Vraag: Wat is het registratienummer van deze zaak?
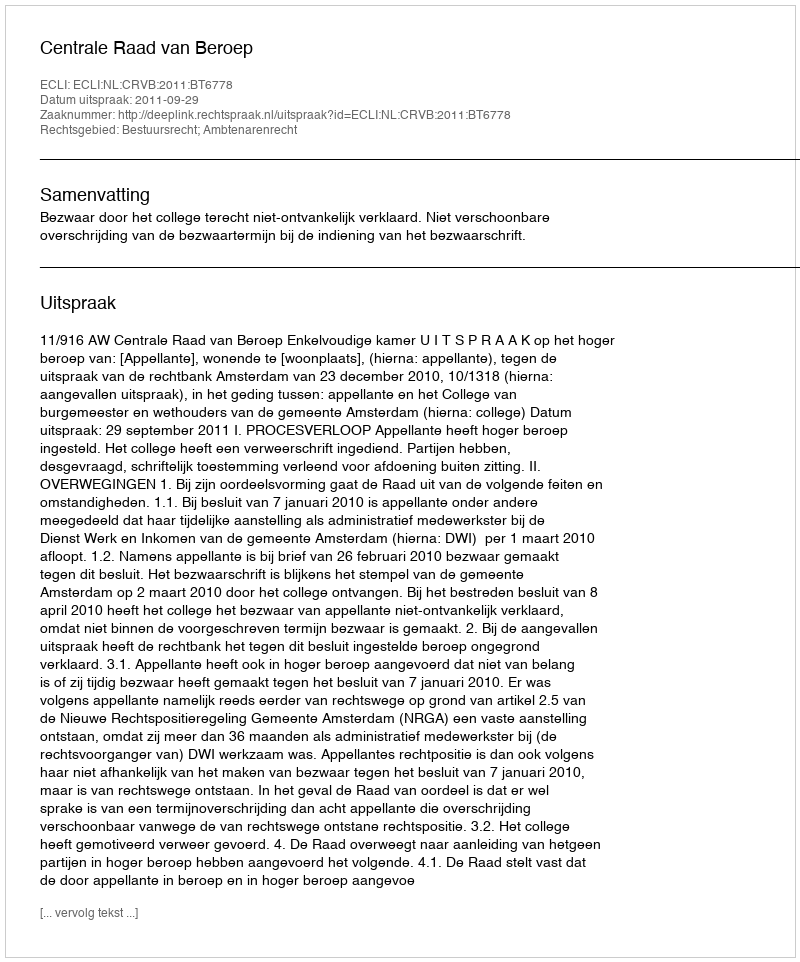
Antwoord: http://deeplink.rechtspraak.nl/uitspraak?id=ECLI:NL:CRVB:2011:BT6778